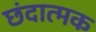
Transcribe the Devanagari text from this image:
छंदात्मक